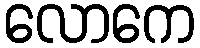
လောကေ